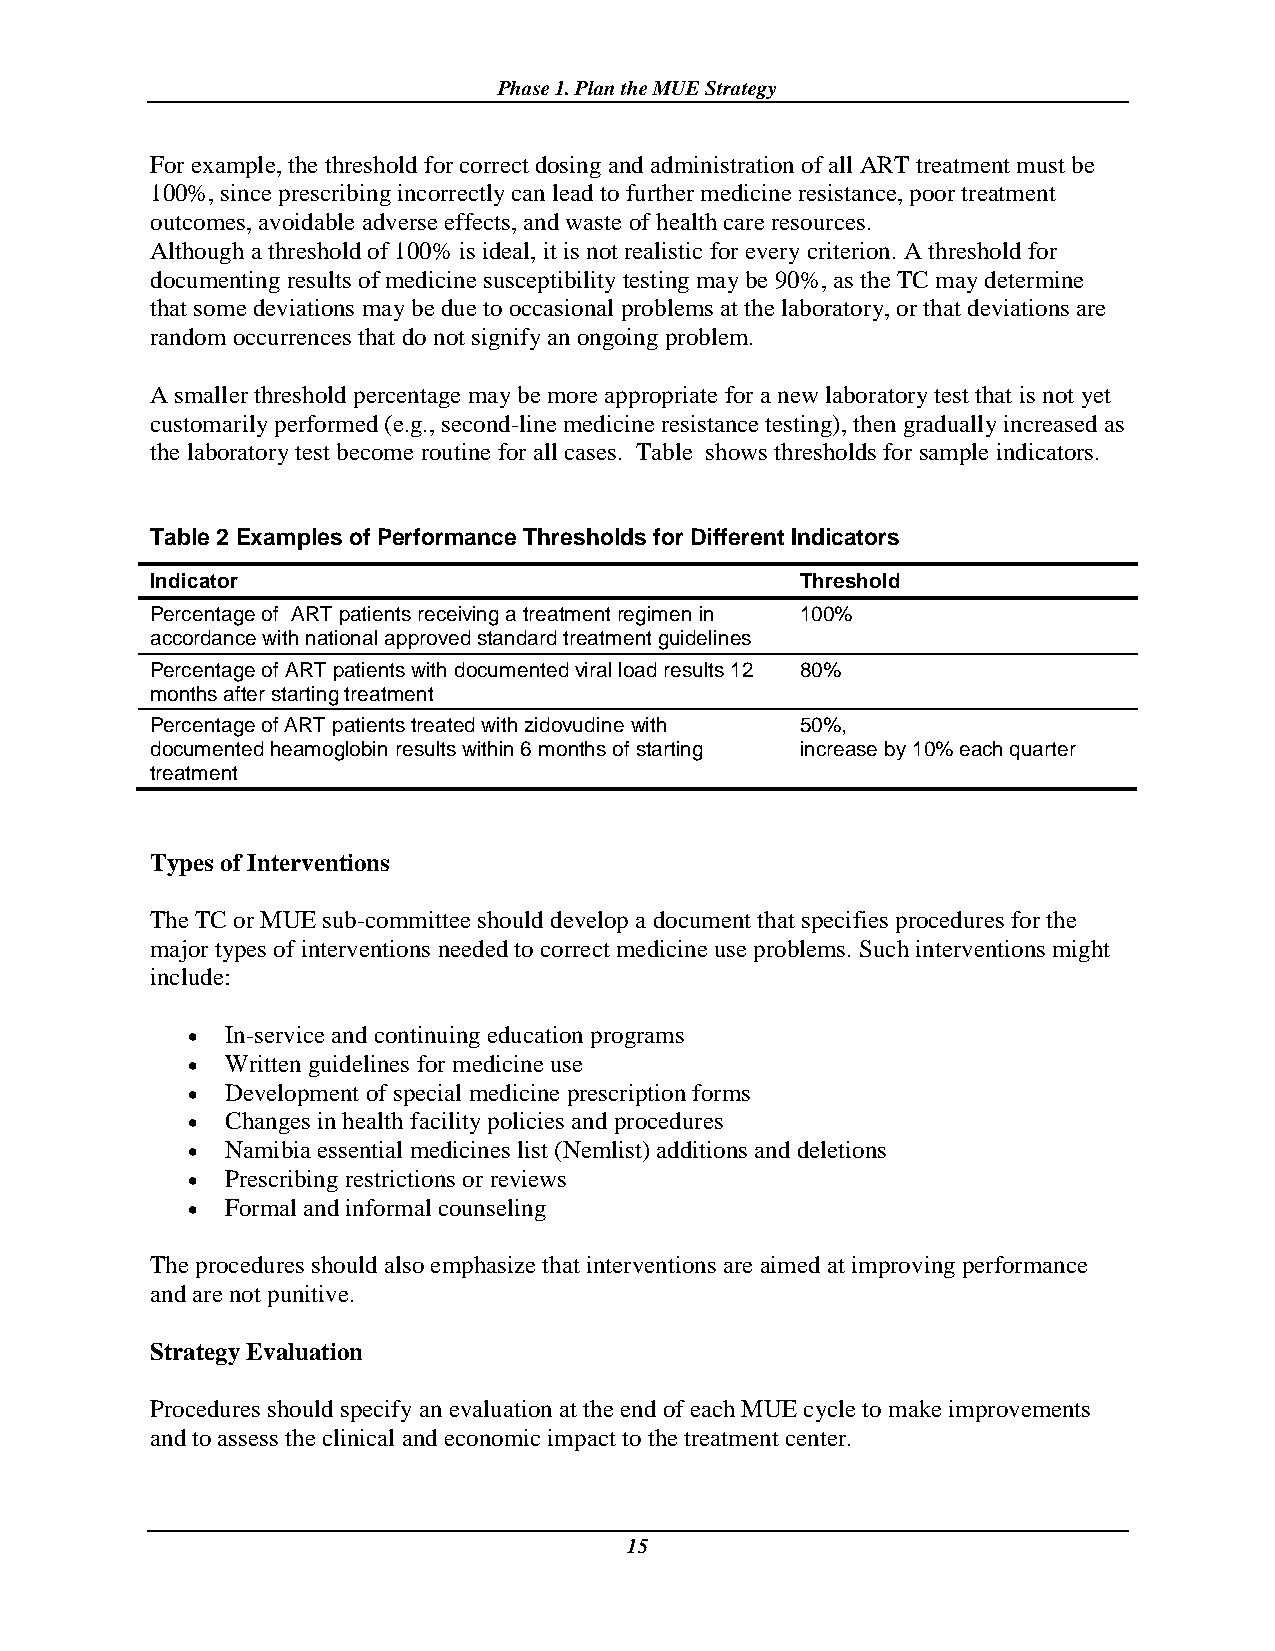
Phase 1. Plan the MUE Strategy
 For example, the threshold for correct dosing and administration of all ART treatment must be
 100%, since prescribing incorrectly can lead to further medicine resistance, poor treatment
 outcomes, avoidable adverse effects, and waste of health care resources.
 Although a threshold of 100% is ideal, it is not realistic for every criterion. A threshold for
 documenting results of medicine susceptibility testing may be 90%, as the TC may determine
 that some deviations may be due to occasional problems at the laboratory, or that deviations are
 random occurrences that do not signify an ongoing problem.
 A smaller threshold percentage may be more appropriate for a new laboratory test that is not yet
 customarily performed (e.g., second-line medicine resistance testing), then gradually increased as
 the laboratory test become routine for all cases. Table shows thresholds for sample indicators.
 Table 2 Examples of Performance Thresholds for Different Indicators
 Indicator                                  Threshold
 Percentage of ART patients receiving a treatment regimen in 100%
 accordance with national approved standard treatment guidelines
 Percentage of ART patients with documented viral load results 12 80%
 months after starting treatment
 Percentage of ART patients treated with zidovudine with 50%,
 documented heamoglobin results within 6 months of starting increase by 10% each quarter
 treatment
 Types of Interventions
 The TC or MUE sub-committee should develop a document that specifies procedures for the
 major types of interventions needed to correct medicine use problems. Such interventions might
 include:
   In-service and continuing education programs
   Written guidelines for medicine use
   Development of special medicine prescription forms
   Changes in health facility policies and procedures
   Namibia essential medicines list (Nemlist) additions and deletions
   Prescribing restrictions or reviews
   Formal and informal counseling
 The procedures should also emphasize that interventions are aimed at improving performance
 and are not punitive.
 Strategy Evaluation
 Procedures should specify an evaluation at the end of each MUE cycle to make improvements
 and to assess the clinical and economic impact to the treatment center.
 15